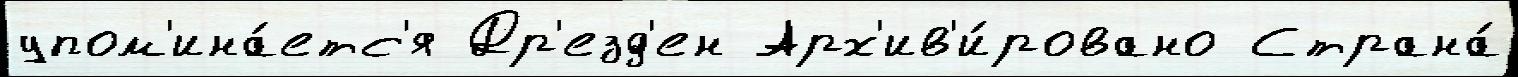
упом'ина́етс'я Др'езд'ен Арх'ив'и́ровано Страна́